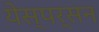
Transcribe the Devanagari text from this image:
येस्पर्सन